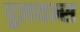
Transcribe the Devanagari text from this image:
पुलयन्स